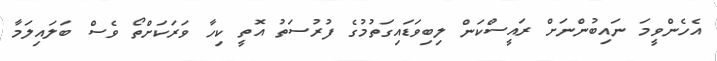
އެހެންވީމަ ނައިބުންނަށް ރައީސްކަން ލިބިވަޑައިގަތުމުގެ ފުރުސަތު އޮތީ ކިހާ ވަރަކަށްތޯ ވެސް ބަލައިލަމާ